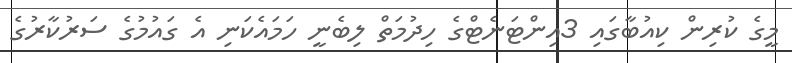
މީގެ ކުރިން ކިއުބާގައި 3އިންޓަނެޓްގެ ހިދުމަތް ލިބެނީ ހަމައެކަނި އެ ގައުމުގެ ސަރުކާރުގެ